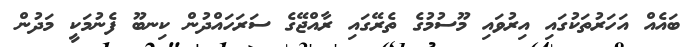
ބައެއް އަހަރުތަކުގައި އިރުވައި މޫސުމުގެ ތެރޭގައި ރާއްޖޭގެ ސަރަހައްދުން ކިނބޫ ފެނުމަކީ މަދުން